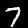
Digit: 7